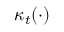
\kappa _ { t } ( \cdot )